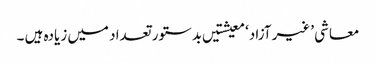
معاشی ’غیر آزاد‘ معیشتیں بدستور تعداد میں زیادہ ہیں ۔